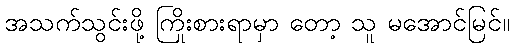
အသက်သွင်းဖို့ ကြိုးစားရာမှာ တော့ သူ မအောင်မြင်။